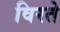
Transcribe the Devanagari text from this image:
विरते